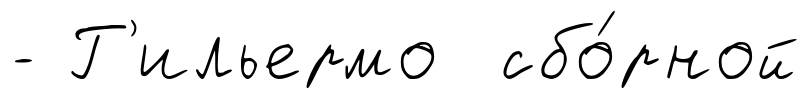
- Г'ильермо сбо́рной